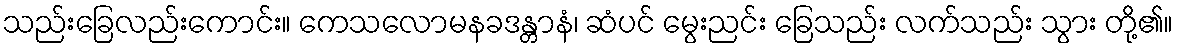
သည်းခြေလည်းကောင်း။ ကေသလောမနခဒန္တာနံ၊ ဆံပင် မွေးညင်း ခြေသည်း လက်သည်း သွား တို့၏။